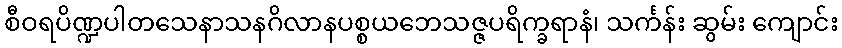
စီဝရပိဏ္ဍပါတသေနာသနဂိလာနပစ္စယဘေသဇ္ဇပရိက္ခရာနံ၊ သင်္ကန်း ဆွမ်း ကျောင်း